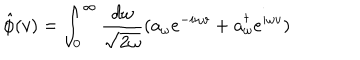
LaTeX: \hat { \phi } ( v ) = \int _ { 0 } ^ { \infty } \frac { d \omega } { \sqrt { 2 \omega } } ( a _ { \omega } e ^ { - i \omega v } + a _ { \omega } ^ { \dagger } e ^ { i \omega v } )